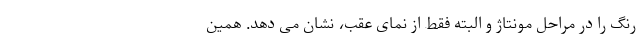
رنگ را در مراحل مونتاژ و البته فقط از نمای عقب، نشان می دهد. همین